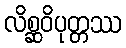
လိစ္ဆဝိပုတ္တဿ